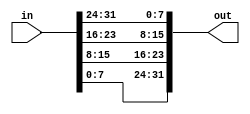
// 13_vecotr2.v
// little-endian x86 systems to the big-endian formats
// AaaaaaaaBbbbbbbbCcccccccDddddddd => DdddddddCcccccccBbbbbbbbAaaaaaaa

module top_module ( 
    input [31:0] in,
    output [31:0] out
);

    assign out[31:24] = in[ 7: 0];
    assign out[23:16] = in[15: 8];
    assign out[15: 8] = in[23:16];
    assign out[ 7: 0] = in[31:24];

endmodule